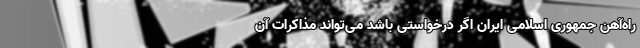
راه‌آهن جمهوری اسلامی ایران اگر درخواستی باشد می‌تواند مذاکرات آن